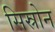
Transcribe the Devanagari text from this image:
सिस्रोन